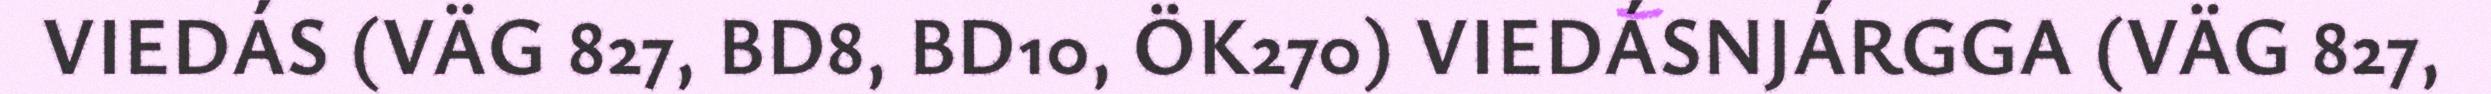
VIEDÁS (VÄG 827, BD8, BD10, ÖK270) VIEDÁSNJÁRGGA (VÄG 827,